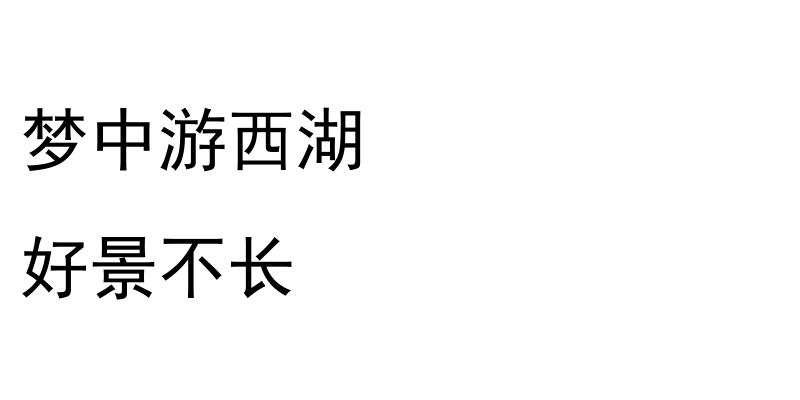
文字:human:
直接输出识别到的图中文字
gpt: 梦中游西湖 好景不长